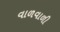
વાળવાળી